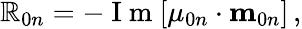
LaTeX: \mathbb{R}_{0n}=-\mathrm{{~I~m~}}[{\mathbf{\mu}}_{0n}\cdot{\mathbf{m}}_{0n}]\, ,